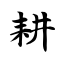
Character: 耕